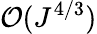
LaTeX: \mathcal{O}(J^{4/3})